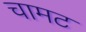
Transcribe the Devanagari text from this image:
चामट